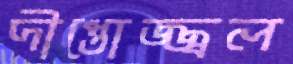
দীপ্তোজ্জ্বল